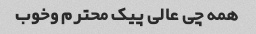
همه چی عالی پیک محترم وخوب